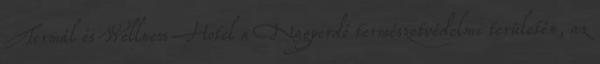
Termál és Wellness Hotel a Nagyerdő természetvédelmi területén, az